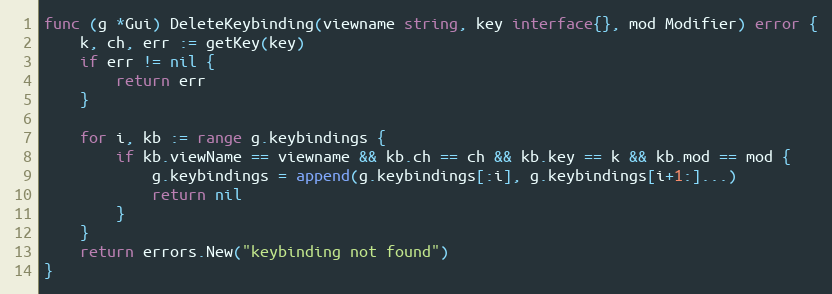
Language: Go
func (g *Gui) DeleteKeybinding(viewname string, key interface{}, mod Modifier) error {
	k, ch, err := getKey(key)
	if err != nil {
		return err
	}

	for i, kb := range g.keybindings {
		if kb.viewName == viewname && kb.ch == ch && kb.key == k && kb.mod == mod {
			g.keybindings = append(g.keybindings[:i], g.keybindings[i+1:]...)
			return nil
		}
	}
	return errors.New("keybinding not found")
}